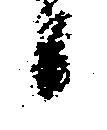
日